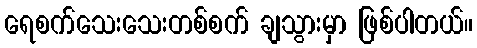
ရေစက်သေးသေးတစ်စက် ချသွားမှာ ဖြစ်ပါတယ်။